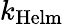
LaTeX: k_{\mathrm{Helm}}